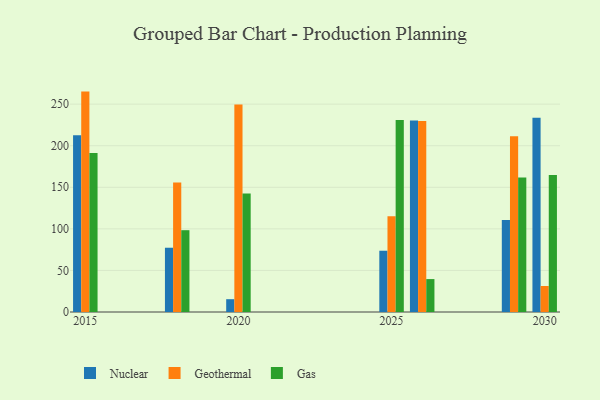
{"axis": {"x": "Year", "y": "Energy Usage (MWh)"}, "legend": ["Gas", "Geothermal", "Nuclear"], "data": [{"x": "2029", "y": 110.8, "type": "Nuclear"}, {"x": "2029", "y": 211.4, "type": "Geothermal"}, {"x": "2029", "y": 161.7, "type": "Gas"}, {"x": "2030", "y": 233.5, "type": "Nuclear"}, {"x": "2030", "y": 31.3, "type": "Geothermal"}, {"x": "2030", "y": 164.7, "type": "Gas"}, {"x": "2026", "y": 230.4, "type": "Nuclear"}, {"x": "2026", "y": 229.6, "type": "Geothermal"}, {"x": "2026", "y": 39.6, "type": "Gas"}, {"x": "2015", "y": 212.7, "type": "Nuclear"}, {"x": "2015", "y": 265.1, "type": "Geothermal"}, {"x": "2015", "y": 191.1, "type": "Gas"}, {"x": "2018", "y": 77.3, "type": "Nuclear"}, {"x": "2018", "y": 155.8, "type": "Geothermal"}, {"x": "2018", "y": 98.4, "type": "Gas"}, {"x": "2020", "y": 15.4, "type": "Nuclear"}, {"x": "2020", "y": 249.7, "type": "Geothermal"}, {"x": "2020", "y": 142.5, "type": "Gas"}, {"x": "2025", "y": 73.7, "type": "Nuclear"}, {"x": "2025", "y": 115.2, "type": "Geothermal"}, {"x": "2025", "y": 230.8, "type": "Gas"}]}